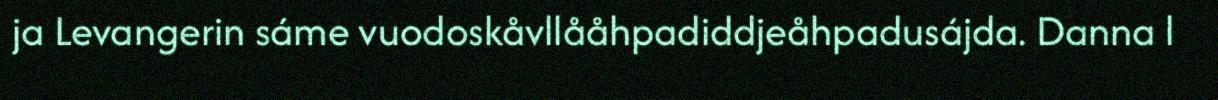
ja Levangerin sáme vuodoskåvllååhpadiddjeåhpadusájda. Danna l